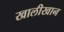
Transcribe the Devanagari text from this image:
खालीखान